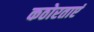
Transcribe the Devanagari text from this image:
कठोरताएं